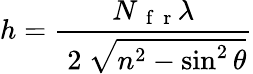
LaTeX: \textit{h}=\frac{\textit{N}_{\mathrm{~\mathrm{~f~}~r~}}\lambda}{\mathrm{~2~}\sqrt{\textit{n}^{2}-\sin^{2}{\theta}}}